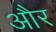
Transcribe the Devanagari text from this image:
और